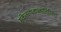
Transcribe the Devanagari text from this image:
संकेतस्थ़ळांव्यतिरिक्त